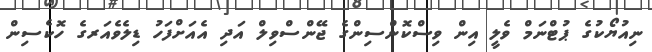
ނިއުޔޯކުގެ ޕުޓްނަމް ވެލީ އިން ވިސްކޮންސިންގެ ޖޭންސްވިލް އަދި އެއަށްފަހު ޑިލެވެއަރގެ ހޮކެސިން